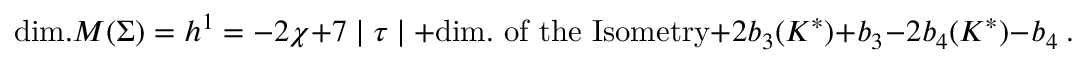
\mathrm { d i m . } { \cal M } ( \Sigma ) = h ^ { 1 } = - 2 \chi + 7 \mid \tau \mid + \mathrm { d i m . ~ o f { } ~ t h e ~ I s o m e t r y } + 2 b _ { 3 } ( K ^ { \ast } ) + b _ { 3 } - 2 b _ { 4 } ( K ^ { \ast } ) - b _ { 4 } \ .